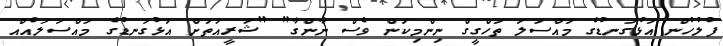
ފުލުހުން އަޅުގަނޑުގެ މައްސަލަ ތަހްގީގް ނިންމިކަން ވެސް ނާންގާ" "ޝަރީއަތަށް އަޅުގަނޑުގެ މައްސަލައެއް